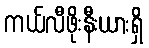
ကယ်လီဖိုးနီးယားရှိ